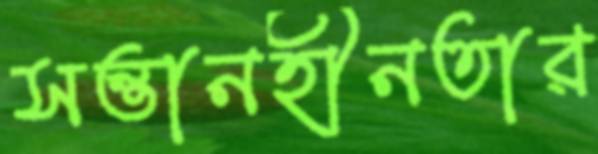
সন্তানহীনতার